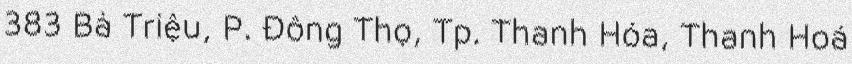
383 Bà Triệu, P. Đông Thọ, Tp. Thanh Hóa, Thanh Hoá